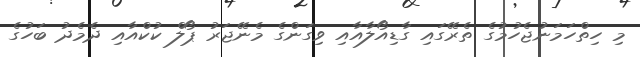
މި ހިތްހަމަނުޖެހުމުގެ ތެރޭގައި ގާޑިއޯލާއާއި ވިގަންގެ މެނޭޖަރު ޕޯލް ކުކްއާއި ދެމެދު ބަހުގެ